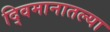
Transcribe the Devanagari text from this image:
द्विमानातल्या